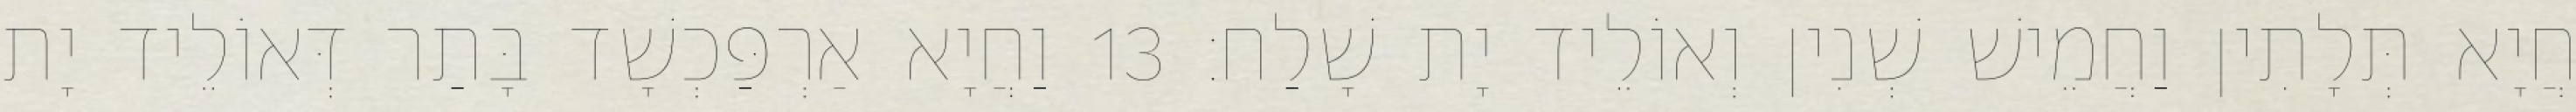
חֲיָא תְּלָתִין וַחֲמֵישׁ שְׁנִין וְאוֹלֵיד יָת שָׁלַח׃ 13 וַחֲיָא אַרְפַּכְשָׁד בָּתַר דְּאוֹלֵיד יָת